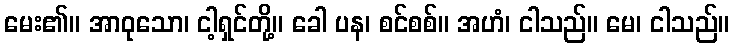
မေး၏။ အာဝုသော၊ ငါ့ရှင်တို့။ ခေါ ပန၊ စင်စစ်။ အဟံ၊ ငါသည်။ မေ၊ ငါသည်။